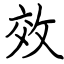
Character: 效